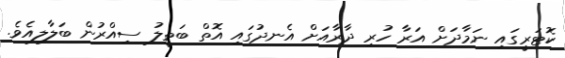
ކޮޓަރީގައި ނަމާދަށް އަރާ ހުރި ދާރާއަށް އެނދުގައި އޮތް ބަތީލު ސިއްރުން ބަލާލިއެވެ.